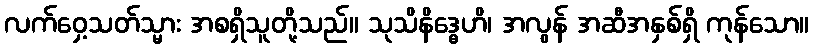
လက်ဝှေ့သတ်သ္မား အစရှိသူတို့သည်။ သုသိနိဒ္ဓေဟိ၊ အလွန် အဆီအနှစ်ရှိ ကုန်သော။